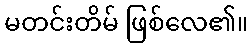
မတင်းတိမ် ဖြစ်လေ၏။